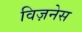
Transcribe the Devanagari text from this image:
विज़नेस